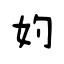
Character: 妁